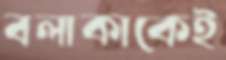
বলাকাকেই